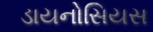
ડાયનોસિયસ